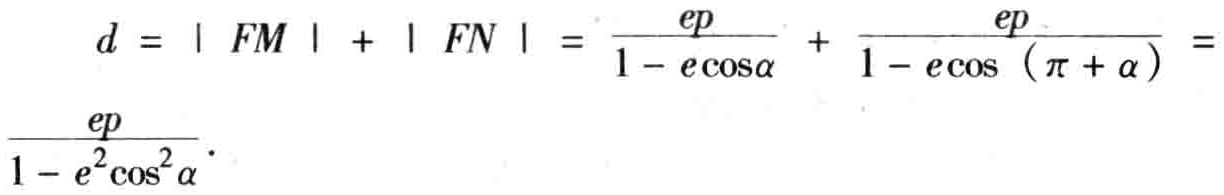
\[
\begin{align*}
d&=|FM| + |FN|=\frac{ep}{1 - e\cos\alpha}+\frac{ep}{1 - e\cos(\pi + \alpha)}=\\
\frac{ep}{1 - e^{2}\cos^{2}\alpha}
\end{align*}
\]